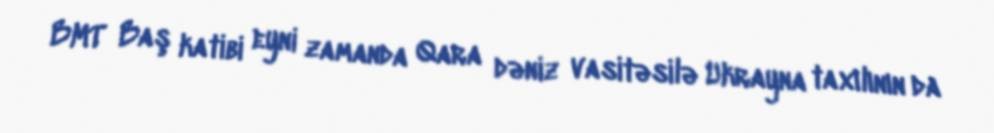
BMT Baş katibi eyni zamanda Qara dəniz vasitəsilə Ukrayna taxılının da